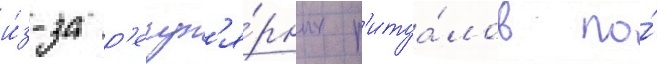
и́з-за р'егул'я́рных р'итуа́лов по́